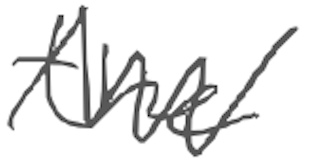
Text: the
Cross-out: zig-zag
Writing tool: digital_gray